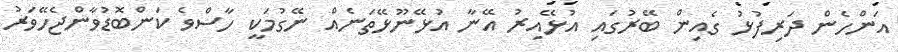
އަންހެން ދަރިފުޅު ގެއިން ބޭރުގައި އުޅޭއިރު އޭނާ އުޅޭނޫޅޭތަނެއް ނޭގުމަކީ ހާސްވެ ކަންބޮޑުވާންޖެހޭވަރު